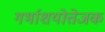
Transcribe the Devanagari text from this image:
गर्भाशयोत्तेजक